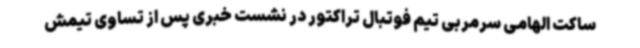
ساکت الهامی سرمربی تیم فوتبال تراکتور در نشست خبری پس از تساوی تیمش